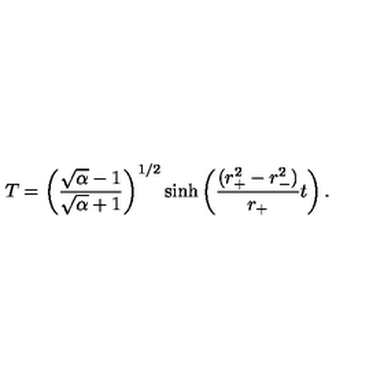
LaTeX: T = \left( \frac { \sqrt { \alpha } - 1 } { \sqrt { \alpha } + 1 } \right) ^ { 1 / 2 } \sinh \left( { \frac { ( r _ { + } ^ { 2 } - r _ { - } ^ { 2 } ) } { r _ { + } } } t \right) .